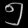
Digit: ၅